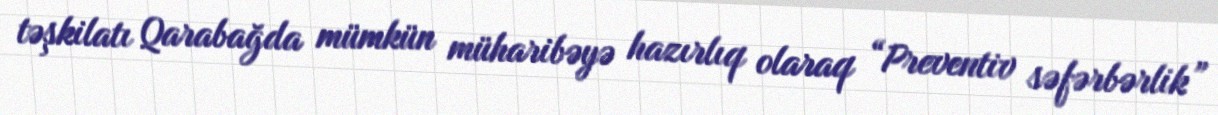
təşkilatı Qarabağda mümkün müharibəyə hazırlıq olaraq “Preventiv səfərbərlik”